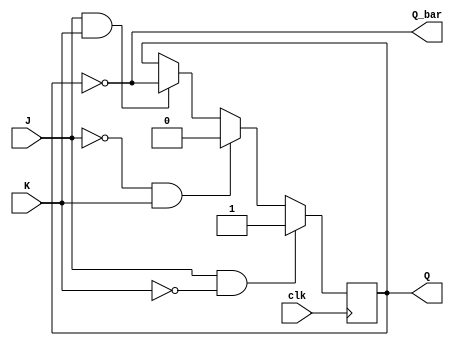
module jk_ff(
    input clk,
    input J,
    input K,
    output reg Q,
    output reg Q_bar
);

reg Q_temp;

always @(posedge clk) begin
    if (J == 1 && K == 0) begin
        Q_temp <= 1;
    end else if (J == 0 && K == 1) begin
        Q_temp <= 0;
    end else if (J == 1 && K == 1) begin
        Q_temp <= ~Q;
    end
end

assign Q = Q_temp;
assign Q_bar = ~Q;

endmodule